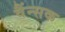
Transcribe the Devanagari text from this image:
वैंन्सक